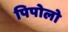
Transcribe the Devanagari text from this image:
पिपोलो